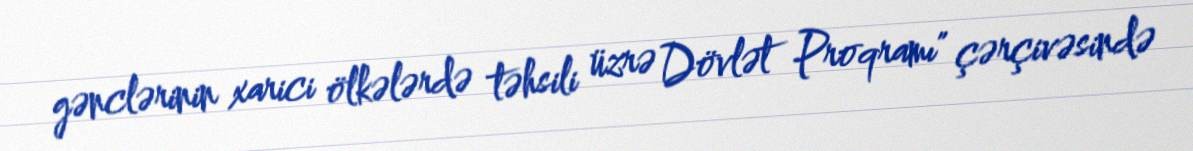
gənclərinin xarici ölkələrdə təhsili üzrə Dövlət Proqramı" çərçivəsində